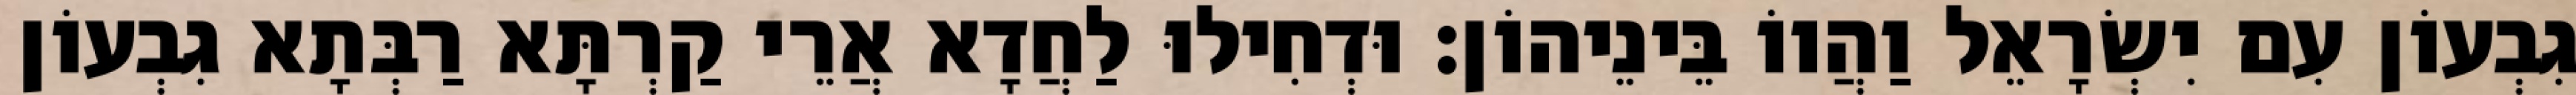
גִבְעוֹן עִם יִשְׂרָאֵל וַהֲווֹ בֵּינֵיהוֹן׃ וּדְחִילוּ לַחֲדָא אֲרֵי קַרְתָּא רַבְּתָא גִבְעוֹן